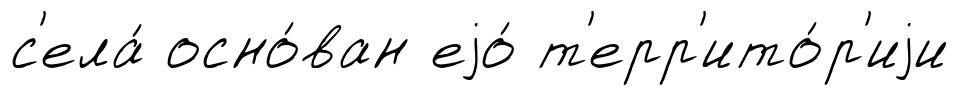
с'ела́ осно́ван еjо́ т'ерр'ито́р'иjи